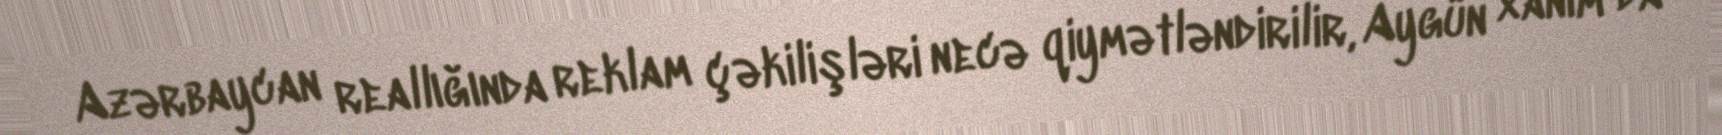
Azərbaycan reallığında reklam çəkilişləri necə qiymətləndirilir, Aygün xanım da